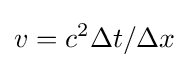
v=c^{2}\Delta t/\Delta x